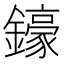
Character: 𨮙